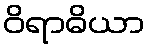
ဝိရာဓိယာ